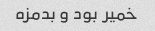
خمیر بود و بدمزه